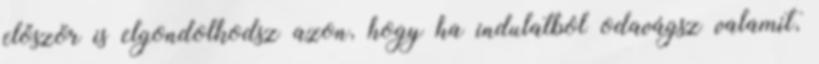
először is elgondolkodsz azon, hogy ha indulatból odavágsz valamit,